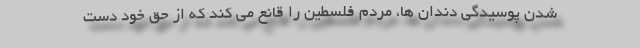
شدن پوسیدگی دندان ها، مردم فلسطین را قانع می کند که از حق خود دست